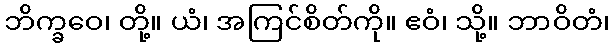
ဘိက္ခဝေ၊ တို့။ ယံ၊ အကြင်စိတ်ကို။ ဧဝံ၊ သို့။ ဘာဝိတံ၊